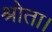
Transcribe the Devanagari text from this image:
श्रोता।